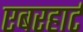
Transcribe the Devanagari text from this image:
एबरहार्ट